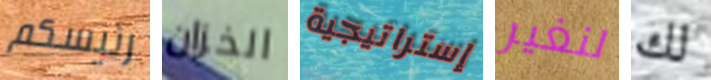
رئيسكم الخزان إستراتيجية لنغير لك